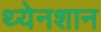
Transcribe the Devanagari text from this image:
थ्येनशान